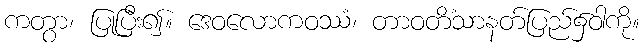
ကတွာ၊ ပြုပြီး၍။ ဒေဝလောကဝဿံ၊ တာဝတိံသာနတ်ပြည်၌ဝါကို။